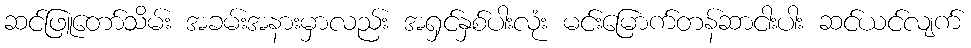
ဆင်ဖြူတော်သိမ်း အခမ်းအနားမှာလည်း အရှင်နှစ်ပါးလုံး မင်းမြောက်တန်ဆာငါးပါး ဆင်ယင်လျက်